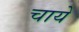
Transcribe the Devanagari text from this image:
चायें